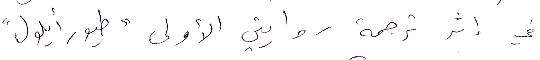
في إثر ترجمة روايتين الأولى "طيور أيلول"